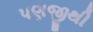
પણજીથી